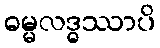
ဓမ္မလဒ္ဓဿာပိ